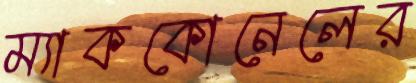
ম্যাককোনেলের